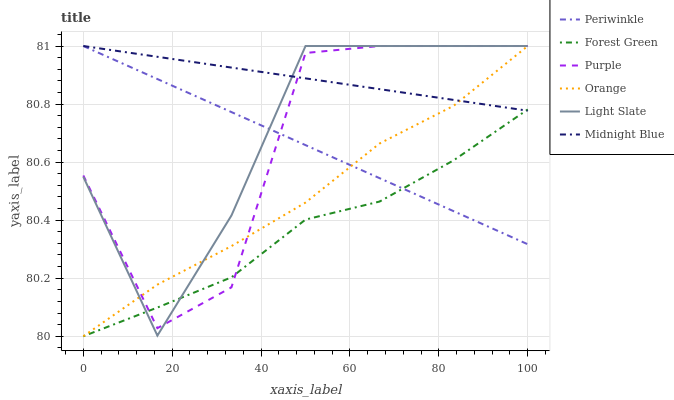
| xaxis_label | Periwinkle | Forest Green | Purple | Orange | Light Slate | Midnight Blue |
 | --- | --- | --- | --- | --- | --- | --- |
 | 0 | 81 | 80 | 80.6 | 80 | 80.5 | 81 |
 | 16.7 | 80.9 | 80.1 | 80 | 80.2 | 80 | 81 |
 | 33.3 | 80.8 | 80.2 | 80.2 | 80.3 | 80.4 | 80.9 |
 | 50 | 80.7 | 80.4 | 81 | 80.5 | 81 | 80.9 |
 | 66.7 | 80.5 | 80.5 | 81 | 80.7 | 81 | 80.9 |
 | 83.3 | 80.4 | 80.6 | 81 | 80.8 | 81 | 80.8 |
 | 100 | 80.3 | 80.8 | 81 | 81 | 81 | 80.8 |